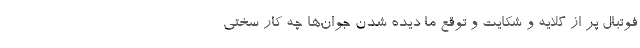
فوتبال پر از گلایه و شکایت و توقع ما دیده شدن جوان‌ها چه کار سختی